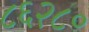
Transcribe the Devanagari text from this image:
८६२८०